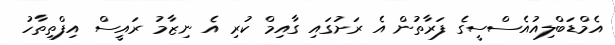
އެމްޑަބްލިއުއެސްސީގެ ފަރާތުން އެ ރަށުގައި ގާއިމް ކުރި އެ ނިޒާމު ރައީސް އިފްތިތާހު